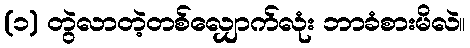
(၁) တွဲလာတဲ့တစ်လျှောက်လုံး ဘာခံစားမိလဲ။